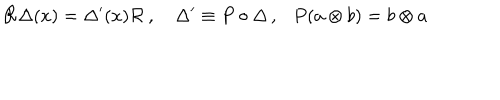
{ \cal R } \Delta ( x ) = \Delta ^ { \prime } ( x ) { \cal R } \, , \Delta ^ { \prime } \equiv P \circ \Delta \, , \ \ \ P ( a \otimes b ) = b \otimes a